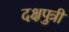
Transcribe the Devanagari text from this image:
दक्षपुत्री